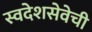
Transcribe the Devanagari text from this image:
स्वदेशसेवेची